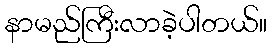
နာမည်ကြီးလာခဲ့ပါတယ်။